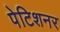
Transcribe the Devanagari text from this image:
पेटिशनर